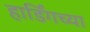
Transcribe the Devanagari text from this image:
हार्डिंगच्या